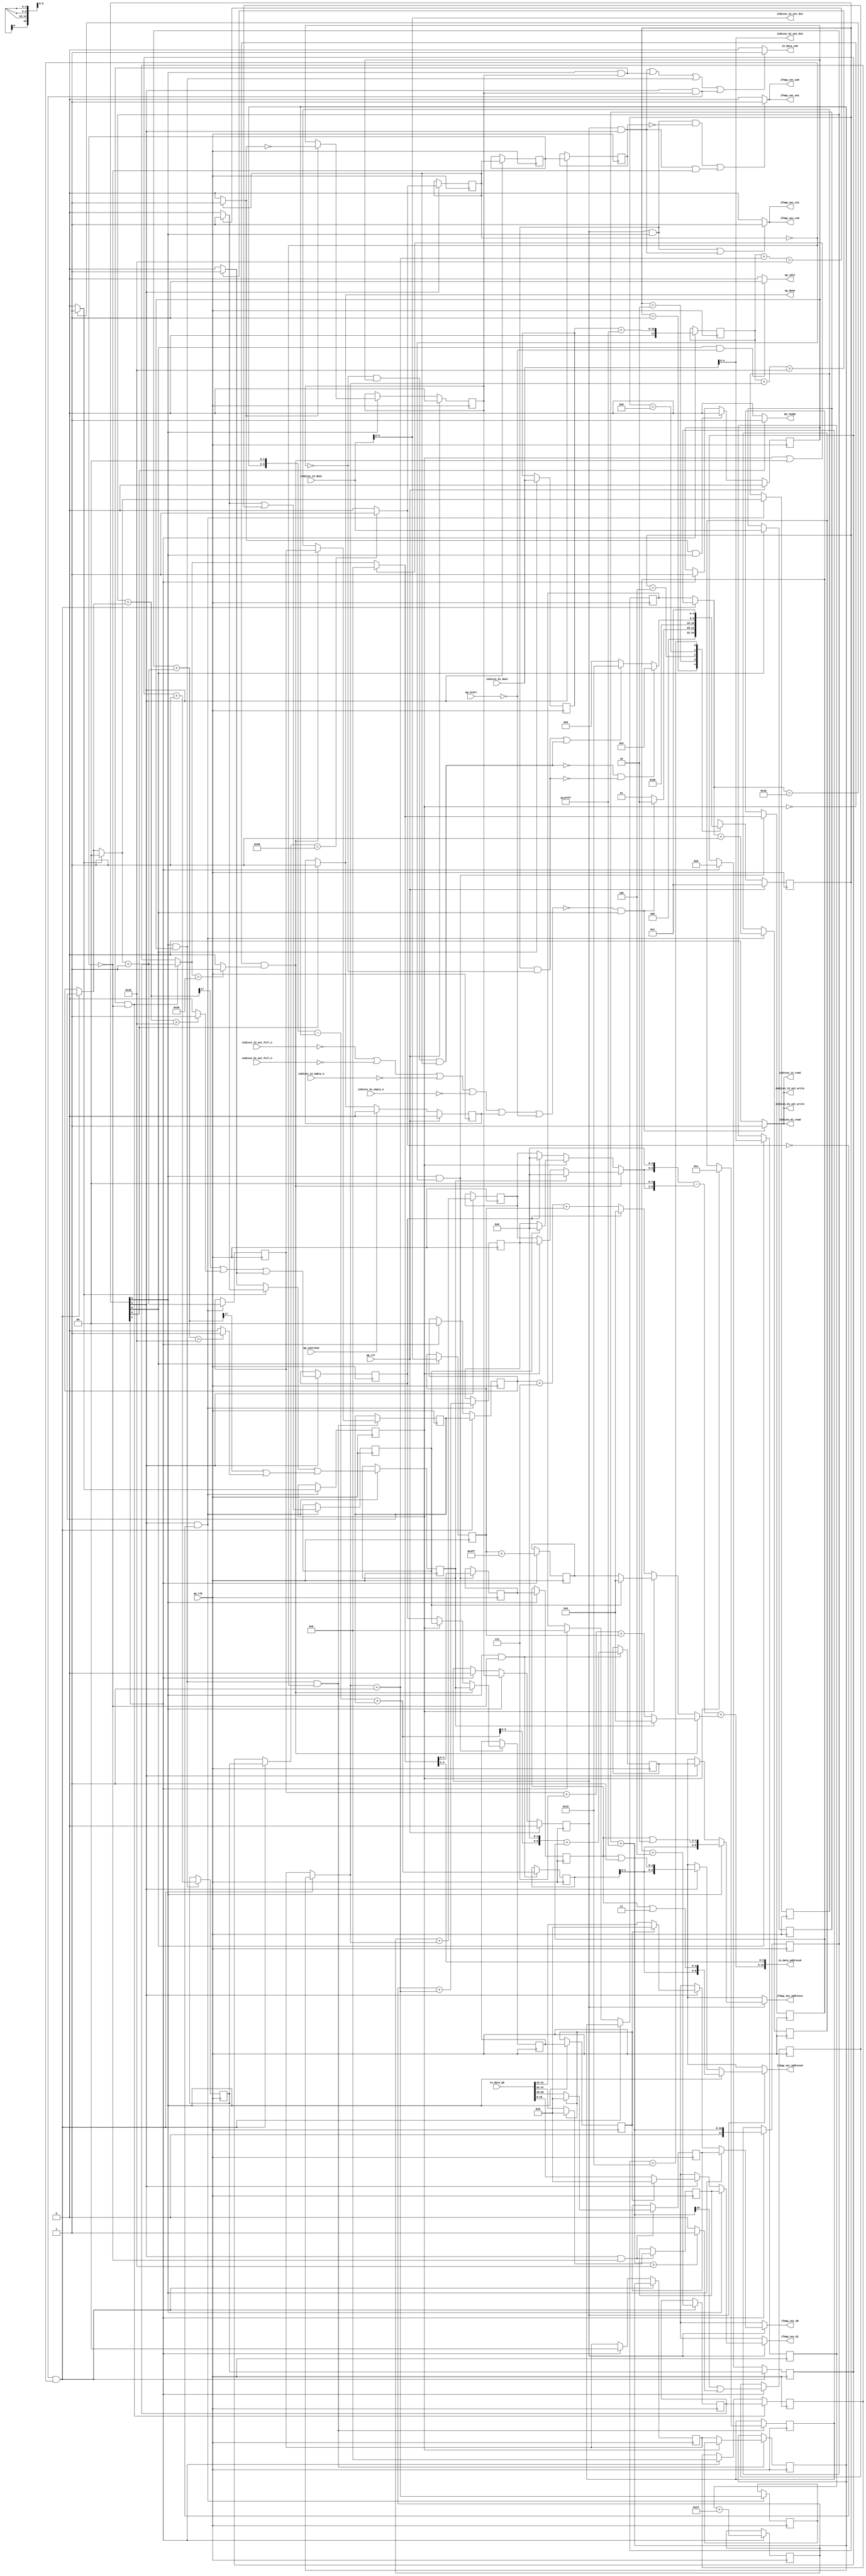
`define EXPONENT 5
`define MANTISSA 10
`define ACTUAL_MANTISSA 11
`define EXPONENT_LSB 10
`define EXPONENT_MSB 14
`define MANTISSA_LSB 0
`define MANTISSA_MSB 9
`define MANTISSA_MUL_SPLIT_LSB 3
`define MANTISSA_MUL_SPLIT_MSB 9
`define SIGN 1
`define SIGN_LOC 15
`define DWIDTH (`SIGN+`EXPONENT+`MANTISSA)
`define IEEE_COMPLIANCE 1

module td_fused_top_tdf7_readInputs53 (
        ap_clk,
        ap_rst,
        ap_start,
        ap_done,
        ap_continue,
        ap_idle,
        ap_ready,
        in_data_address0,
        in_data_ce0,
        in_data_q0,
        indices_01_dout,
        indices_01_empty_n,
        indices_01_read,
        indices_12_dout,
        indices_12_empty_n,
        indices_12_read,
        ifmap_vec_address0,
        ifmap_vec_ce0,
        ifmap_vec_we0,
        ifmap_vec_d0,
        ifmap_vec_address1,
        ifmap_vec_ce1,
        ifmap_vec_we1,
        ifmap_vec_d1,
        indices_01_out_din,
        indices_01_out_full_n,
        indices_01_out_write,
        indices_12_out_din,
        indices_12_out_full_n,
        indices_12_out_write
);

parameter    ap_ST_fsm_state1 = 5'd1;
parameter    ap_ST_fsm_state2 = 5'd2;
parameter    ap_ST_fsm_pp0_stage0 = 5'd4;
parameter    ap_ST_fsm_pp0_stage1 = 5'd8;
parameter    ap_ST_fsm_state9 = 5'd16;

input   ap_clk;
input   ap_rst;
input   ap_start;
output   ap_done;
input   ap_continue;
output   ap_idle;
output   ap_ready;
output  [12:0] in_data_address0;
output   in_data_ce0;
input  [63:0] in_data_q0;
input  [15:0] indices_01_dout;
input   indices_01_empty_n;
output   indices_01_read;
input  [15:0] indices_12_dout;
input   indices_12_empty_n;
output   indices_12_read;
output  [8:0] ifmap_vec_address0;
output   ifmap_vec_ce0;
output   ifmap_vec_we0;
output  [15:0] ifmap_vec_d0;
output  [8:0] ifmap_vec_address1;
output   ifmap_vec_ce1;
output   ifmap_vec_we1;
output  [15:0] ifmap_vec_d1;
output  [4:0] indices_01_out_din;
input   indices_01_out_full_n;
output   indices_01_out_write;
output  [9:0] indices_12_out_din;
input   indices_12_out_full_n;
output   indices_12_out_write;

reg ap_done;
reg ap_idle;
reg ap_ready;
reg in_data_ce0;
reg indices_01_read;
reg indices_12_read;
reg[8:0] ifmap_vec_address0;
reg ifmap_vec_ce0;
reg ifmap_vec_we0;
reg[15:0] ifmap_vec_d0;
reg[8:0] ifmap_vec_address1;
reg ifmap_vec_ce1;
reg ifmap_vec_we1;
reg[15:0] ifmap_vec_d1;
reg indices_01_out_write;
reg indices_12_out_write;

reg    ap_done_reg;
  reg   [4:0] ap_CS_fsm;
wire    ap_CS_fsm_state1;
reg    indices_01_blk_n;
reg    indices_12_blk_n;
reg    indices_01_out_blk_n;
reg    indices_12_out_blk_n;
reg   [6:0] indvar_flatten47_reg_222;
reg   [1:0] ii_reg_234;
reg   [5:0] indvar_flatten_reg_246;
reg   [1:0] jj_reg_257;
reg   [5:0] kk_0_i_i_reg_269;
reg   [15:0] indices_01_read_reg_957;
wire   [4:0] trunc_ln250_fu_280_p1;
reg   [4:0] trunc_ln250_reg_962;
reg   [15:0] indices_12_read_reg_967;
wire   [9:0] empty_fu_285_p1;
reg   [9:0] empty_reg_972;
wire   [17:0] p_cast_i_i_fu_302_p1;
reg   [17:0] p_cast_i_i_reg_979;
wire    ap_CS_fsm_state2;
wire   [17:0] sext_ln22_fu_312_p1;
reg   [17:0] sext_ln22_reg_985;
wire   [4:0] p_cast_fu_316_p2;
reg   [4:0] p_cast_reg_991;
wire   [0:0] or_ln23_6_fu_335_p2;
reg   [0:0] or_ln23_6_reg_997;
wire   [9:0] p_mid137_fu_341_p2;
reg   [9:0] p_mid137_reg_1002;
wire   [4:0] p_cast5_i_i_fu_359_p2;
reg   [4:0] p_cast5_i_i_reg_1007;
wire    ap_CS_fsm_pp0_stage0;
wire    ap_block_state3_pp0_stage0_iter0;
wire    ap_block_state5_pp0_stage0_iter1;
wire    ap_block_state7_pp0_stage0_iter2;
wire    ap_block_pp0_stage0_11001;
wire   [0:0] is_padding_fu_399_p2;
reg   [0:0] is_padding_reg_1013;
wire   [0:0] icmp_ln19_fu_405_p2;
reg   [0:0] icmp_ln19_reg_1020;
reg   [0:0] icmp_ln19_reg_1020_pp0_iter1_reg;
reg   [0:0] icmp_ln19_reg_1020_pp0_iter2_reg;
wire   [1:0] add_ln19_fu_411_p2;
reg   [1:0] add_ln19_reg_1024;
wire   [0:0] icmp_ln20_fu_417_p2;
reg   [0:0] icmp_ln20_reg_1029;
wire   [1:0] select_ln19_fu_423_p3;
reg   [1:0] select_ln19_reg_1041;
wire   [4:0] p_cast5_i_i_mid1_fu_444_p2;
reg   [4:0] p_cast5_i_i_mid1_reg_1046;
wire   [0:0] or_ln23_8_fu_463_p2;
reg   [0:0] or_ln23_8_reg_1052;
wire   [1:0] add_ln20_fu_468_p2;
reg   [1:0] add_ln20_reg_1059;
wire   [0:0] or_ln23_10_fu_503_p2;
reg   [0:0] or_ln23_10_reg_1065;
wire   [5:0] add_ln20_2_fu_509_p2;
reg   [5:0] add_ln20_2_reg_1072;
wire   [6:0] add_ln19_2_fu_515_p2;
reg   [6:0] add_ln19_2_reg_1077;
wire    ap_CS_fsm_pp0_stage1;
reg    ap_enable_reg_pp0_iter0;
wire    ap_block_state4_pp0_stage1_iter0;
wire    ap_block_state6_pp0_stage1_iter1;
wire    ap_block_state8_pp0_stage1_iter2;
wire    ap_block_pp0_stage1_11001;
wire   [1:0] select_ln19_7_fu_553_p3;
reg   [1:0] select_ln19_7_reg_1082;
wire   [5:0] select_ln20_fu_617_p3;
reg   [5:0] select_ln20_reg_1089;
wire   [1:0] select_ln20_6_fu_625_p3;
reg   [1:0] select_ln20_6_reg_1095;
wire   [0:0] select_ln20_7_fu_634_p3;
reg   [0:0] select_ln20_7_reg_1101;
reg   [0:0] select_ln20_7_reg_1101_pp0_iter1_reg;
wire   [4:0] empty_73_fu_730_p1;
reg   [4:0] empty_73_reg_1109;
reg   [4:0] empty_73_reg_1109_pp0_iter1_reg;
wire   [5:0] select_ln20_10_fu_757_p3;
reg   [5:0] select_ln20_10_reg_1121;
wire   [5:0] add_ln25_fu_763_p2;
reg   [5:0] add_ln25_reg_1126;
reg    ap_enable_reg_pp0_iter1;
wire   [5:0] add_ln33_fu_795_p2;
reg   [5:0] add_ln33_reg_1131;
wire   [8:0] add_ln33_2_fu_816_p2;
reg   [8:0] add_ln33_2_reg_1138;
wire   [15:0] select_ln33_8_fu_895_p3;
reg   [15:0] select_ln33_8_reg_1143;
wire   [15:0] select_ln33_9_fu_916_p3;
reg   [15:0] select_ln33_9_reg_1148;
wire    ap_block_pp0_stage1_subdone;
reg    ap_condition_pp0_exit_iter0_state4;
reg    ap_enable_reg_pp0_iter2;
reg   [6:0] ap_phi_mux_indvar_flatten47_phi_fu_226_p4;
wire    ap_block_pp0_stage0;
reg   [1:0] ap_phi_mux_ii_phi_fu_238_p4;
reg   [5:0] ap_phi_mux_indvar_flatten_phi_fu_250_p4;
reg   [1:0] ap_phi_mux_jj_phi_fu_261_p4;
reg   [5:0] ap_phi_mux_kk_0_i_i_phi_fu_273_p4;
wire    ap_block_pp0_stage1;
wire   [63:0] sext_ln32_fu_752_p1;
wire   [63:0] zext_ln33_9_fu_822_p1;
wire   [63:0] sext_ln33_fu_854_p1;
wire   [63:0] sext_ln33_3_fu_935_p1;
wire   [63:0] sext_ln33_4_fu_952_p1;
reg    ap_block_state1;
wire   [15:0] select_ln33_fu_834_p3;
wire   [15:0] select_ln33_7_fu_873_p3;
wire   [16:0] zext_ln19_fu_293_p1;
wire   [16:0] empty_68_fu_296_p2;
wire   [16:0] j_cast_i_i_fu_290_p1;
wire   [16:0] add_ln22_fu_306_p2;
wire   [0:0] tmp_9_fu_321_p3;
wire   [0:0] icmp_ln24_fu_329_p2;
wire   [17:0] ii_cast_i_i_fu_346_p1;
wire   [4:0] ii_cast_fu_350_p1;
wire   [17:0] empty_69_fu_354_p2;
wire   [17:0] zext_ln20_fu_370_p1;
wire   [17:0] add_ln22_2_fu_374_p2;
wire   [0:0] tmp_10_fu_379_p3;
wire   [0:0] icmp_ln24_2_fu_387_p2;
wire   [0:0] or_ln23_fu_393_p2;
wire   [0:0] empty_70_fu_364_p2;
wire   [17:0] ii_cast_i_i_mid1_fu_431_p1;
wire   [4:0] ii_cast_mid1_fu_435_p1;
wire   [17:0] p_mid111_fu_439_p2;
wire   [0:0] p_mid113_fu_449_p2;
wire   [17:0] zext_ln20_2_fu_474_p1;
wire   [17:0] add_ln22_3_fu_478_p2;
wire   [0:0] tmp_11_fu_483_p3;
wire   [0:0] icmp_ln24_3_fu_491_p2;
wire   [0:0] or_ln23_9_fu_497_p2;
wire   [0:0] select_ln19_9_fu_455_p3;
wire   [2:0] zext_ln22_fu_521_p1;
wire   [2:0] tmp1_fu_531_p2;
wire   [9:0] tmp1_cast_fu_537_p1;
wire   [9:0] empty_71_fu_541_p2;
wire   [4:0] row_coord_int_mid131_fu_569_p3;
wire   [4:0] row_coord_int_fu_525_p3;
wire   [9:0] col_coord_int_mid139_fu_575_p3;
wire   [9:0] col_coord_int_fu_546_p3;
wire   [0:0] icmp_ln25_fu_600_p2;
wire   [0:0] xor_ln19_fu_595_p2;
wire   [0:0] and_ln19_fu_606_p2;
wire   [0:0] or_ln20_fu_612_p2;
wire   [0:0] select_ln19_10_fu_564_p3;
wire   [4:0] select_ln19_8_fu_559_p3;
wire   [2:0] zext_ln22_2_fu_631_p1;
wire   [2:0] tmp1_mid1_fu_648_p2;
wire   [9:0] tmp1_cast_mid1_fu_654_p1;
wire   [9:0] p_mid1_fu_658_p2;
wire   [4:0] row_coord_int_mid1_fu_641_p3;
wire   [4:0] select_ln19_11_fu_581_p3;
wire   [4:0] select_ln20_8_fu_670_p3;
wire   [9:0] tmp_s_fu_678_p3;
wire   [6:0] tmp_3_fu_690_p3;
wire   [10:0] zext_ln32_fu_686_p1;
wire   [10:0] zext_ln32_9_fu_698_p1;
wire   [10:0] sub_ln32_fu_702_p2;
wire   [9:0] col_coord_int_mid1_fu_663_p3;
wire   [9:0] select_ln19_12_fu_588_p3;
wire   [9:0] select_ln20_9_fu_712_p3;
wire   [11:0] sext_ln20_fu_708_p1;
wire   [11:0] zext_ln32_10_fu_720_p1;
wire   [11:0] add_ln32_fu_724_p2;
wire   [2:0] lshr_ln_fu_734_p4;
wire   [14:0] tmp_12_fu_744_p3;
wire   [3:0] tmp_fu_771_p3;
wire   [4:0] zext_ln33_6_fu_778_p1;
wire   [4:0] zext_ln33_fu_768_p1;
wire   [4:0] sub_ln33_fu_782_p2;
wire   [5:0] sub_ln33_cast_fu_788_p1;
wire   [5:0] zext_ln33_7_fu_792_p1;
wire   [3:0] trunc_ln33_fu_801_p1;
wire   [8:0] tmp_30_cast_fu_805_p3;
wire   [8:0] zext_ln33_8_fu_813_p1;
wire   [15:0] trunc_ln32_fu_826_p1;
wire   [15:0] bitcast_ln32_fu_830_p1;
wire   [4:0] or_ln25_fu_842_p2;
wire   [10:0] tmp_13_fu_847_p3;
wire   [15:0] tmp_17_i_i_fu_859_p4;
wire   [15:0] bitcast_ln32_7_fu_869_p1;
wire   [15:0] tmp_18_i_i_fu_881_p4;
wire   [15:0] bitcast_ln32_8_fu_891_p1;
wire   [15:0] tmp_19_i_i_fu_902_p4;
wire   [15:0] bitcast_ln32_9_fu_912_p1;
wire   [4:0] or_ln25_5_fu_923_p2;
wire   [10:0] tmp_14_fu_928_p3;
wire   [4:0] or_ln25_6_fu_940_p2;
wire   [10:0] tmp_15_fu_945_p3;
wire    ap_CS_fsm_state9;
reg   [4:0] ap_NS_fsm;
wire    ap_block_pp0_stage0_subdone;
reg    ap_idle_pp0;
wire    ap_enable_pp0;
wire    ap_ce_reg;

// power-on initialization
initial begin
#0 ap_done_reg = 1'b0;
#0 ap_CS_fsm = 5'd1;
#0 ap_enable_reg_pp0_iter0 = 1'b0;
#0 ap_enable_reg_pp0_iter1 = 1'b0;
#0 ap_enable_reg_pp0_iter2 = 1'b0;
end

always @ (posedge ap_clk) begin
    if (ap_rst == 1'b1) begin
        ap_CS_fsm <= ap_ST_fsm_state1;
    end else begin
        ap_CS_fsm <= ap_NS_fsm;
    end
end

always @ (posedge ap_clk) begin
    if (ap_rst == 1'b1) begin
        ap_done_reg <= 1'b0;
    end else begin
        if ((ap_continue == 1'b1)) begin
            ap_done_reg <= 1'b0;
        end else if ((1'b1 == ap_CS_fsm_state9)) begin
            ap_done_reg <= 1'b1;
        end
    end
end

always @ (posedge ap_clk) begin
    if (ap_rst == 1'b1) begin
        ap_enable_reg_pp0_iter0 <= 1'b0;
    end else begin
        if (((1'b1 == ap_condition_pp0_exit_iter0_state4) & (1'b1 == ap_CS_fsm_pp0_stage1) & (1'b0 == ap_block_pp0_stage1_subdone))) begin
            ap_enable_reg_pp0_iter0 <= 1'b0;
        end else if ((1'b1 == ap_CS_fsm_state2)) begin
            ap_enable_reg_pp0_iter0 <= 1'b1;
        end
    end
end

always @ (posedge ap_clk) begin
    if (ap_rst == 1'b1) begin
        ap_enable_reg_pp0_iter1 <= 1'b0;
    end else begin
        if (((1'b1 == ap_CS_fsm_pp0_stage1) & (1'b0 == ap_block_pp0_stage1_subdone))) begin
            if ((1'b1 == ap_condition_pp0_exit_iter0_state4)) begin
                ap_enable_reg_pp0_iter1 <= (1'b1 ^ ap_condition_pp0_exit_iter0_state4);
            end else if ((1'b1 == 1'b1)) begin
                ap_enable_reg_pp0_iter1 <= ap_enable_reg_pp0_iter0;
            end
        end
    end
end

always @ (posedge ap_clk) begin
    if (ap_rst == 1'b1) begin
        ap_enable_reg_pp0_iter2 <= 1'b0;
    end else begin
        if (((1'b1 == ap_CS_fsm_pp0_stage1) & (1'b0 == ap_block_pp0_stage1_subdone))) begin
            ap_enable_reg_pp0_iter2 <= ap_enable_reg_pp0_iter1;
        end else if ((1'b1 == ap_CS_fsm_state2)) begin
            ap_enable_reg_pp0_iter2 <= 1'b0;
        end
    end
end

always @ (posedge ap_clk) begin
    if (((1'b1 == ap_CS_fsm_pp0_stage0) & (ap_enable_reg_pp0_iter1 == 1'b1) & (icmp_ln19_reg_1020 == 1'd0) & (1'b0 == ap_block_pp0_stage0_11001))) begin
        ii_reg_234 <= select_ln19_7_reg_1082;
    end else if ((1'b1 == ap_CS_fsm_state2)) begin
        ii_reg_234 <= 2'd0;
    end
end

always @ (posedge ap_clk) begin
    if (((1'b1 == ap_CS_fsm_pp0_stage0) & (ap_enable_reg_pp0_iter1 == 1'b1) & (icmp_ln19_reg_1020 == 1'd0) & (1'b0 == ap_block_pp0_stage0_11001))) begin
        indvar_flatten47_reg_222 <= add_ln19_2_reg_1077;
    end else if ((1'b1 == ap_CS_fsm_state2)) begin
        indvar_flatten47_reg_222 <= 7'd0;
    end
end

always @ (posedge ap_clk) begin
    if (((1'b1 == ap_CS_fsm_pp0_stage0) & (ap_enable_reg_pp0_iter1 == 1'b1) & (icmp_ln19_reg_1020 == 1'd0) & (1'b0 == ap_block_pp0_stage0_11001))) begin
        indvar_flatten_reg_246 <= select_ln20_10_reg_1121;
    end else if ((1'b1 == ap_CS_fsm_state2)) begin
        indvar_flatten_reg_246 <= 6'd0;
    end
end

always @ (posedge ap_clk) begin
    if (((1'b1 == ap_CS_fsm_pp0_stage0) & (ap_enable_reg_pp0_iter1 == 1'b1) & (icmp_ln19_reg_1020 == 1'd0) & (1'b0 == ap_block_pp0_stage0_11001))) begin
        jj_reg_257 <= select_ln20_6_reg_1095;
    end else if ((1'b1 == ap_CS_fsm_state2)) begin
        jj_reg_257 <= 2'd0;
    end
end

always @ (posedge ap_clk) begin
    if (((1'b1 == ap_CS_fsm_pp0_stage1) & (ap_enable_reg_pp0_iter1 == 1'b1) & (icmp_ln19_reg_1020_pp0_iter1_reg == 1'd0) & (1'b0 == ap_block_pp0_stage1_11001))) begin
        kk_0_i_i_reg_269 <= add_ln25_reg_1126;
    end else if ((1'b1 == ap_CS_fsm_state2)) begin
        kk_0_i_i_reg_269 <= 6'd0;
    end
end

always @ (posedge ap_clk) begin
    if (((1'b1 == ap_CS_fsm_pp0_stage1) & (ap_enable_reg_pp0_iter0 == 1'b1) & (1'b0 == ap_block_pp0_stage1_11001))) begin
        add_ln19_2_reg_1077 <= add_ln19_2_fu_515_p2;
    end
end

always @ (posedge ap_clk) begin
    if (((1'b1 == ap_CS_fsm_pp0_stage0) & (icmp_ln19_fu_405_p2 == 1'd0) & (1'b0 == ap_block_pp0_stage0_11001))) begin
        add_ln19_reg_1024 <= add_ln19_fu_411_p2;
        add_ln20_2_reg_1072 <= add_ln20_2_fu_509_p2;
        add_ln20_reg_1059 <= add_ln20_fu_468_p2;
        icmp_ln20_reg_1029 <= icmp_ln20_fu_417_p2;
        or_ln23_10_reg_1065 <= or_ln23_10_fu_503_p2;
        or_ln23_8_reg_1052 <= or_ln23_8_fu_463_p2;
        p_cast5_i_i_mid1_reg_1046 <= p_cast5_i_i_mid1_fu_444_p2;
        select_ln19_reg_1041 <= select_ln19_fu_423_p3;
    end
end

always @ (posedge ap_clk) begin
    if (((1'b1 == ap_CS_fsm_pp0_stage0) & (ap_enable_reg_pp0_iter1 == 1'b1) & (icmp_ln19_reg_1020 == 1'd0) & (1'b0 == ap_block_pp0_stage0_11001))) begin
        add_ln25_reg_1126 <= add_ln25_fu_763_p2;
    end
end

always @ (posedge ap_clk) begin
    if (((1'b1 == ap_CS_fsm_pp0_stage1) & (icmp_ln19_reg_1020_pp0_iter1_reg == 1'd0) & (1'b0 == ap_block_pp0_stage1_11001))) begin
        add_ln33_2_reg_1138 <= add_ln33_2_fu_816_p2;
        add_ln33_reg_1131 <= add_ln33_fu_795_p2;
    end
end

always @ (posedge ap_clk) begin
    if (((1'b1 == ap_CS_fsm_pp0_stage1) & (icmp_ln19_reg_1020 == 1'd0) & (1'b0 == ap_block_pp0_stage1_11001))) begin
        empty_73_reg_1109 <= empty_73_fu_730_p1;
        select_ln20_7_reg_1101 <= select_ln20_7_fu_634_p3;
        select_ln20_reg_1089 <= select_ln20_fu_617_p3;
    end
end

always @ (posedge ap_clk) begin
    if (((1'b1 == ap_CS_fsm_pp0_stage1) & (1'b0 == ap_block_pp0_stage1_11001))) begin
        empty_73_reg_1109_pp0_iter1_reg <= empty_73_reg_1109;
        select_ln20_7_reg_1101_pp0_iter1_reg <= select_ln20_7_reg_1101;
    end
end

always @ (posedge ap_clk) begin
    if ((1'b1 == ap_CS_fsm_state1)) begin
        empty_reg_972 <= empty_fu_285_p1;
        indices_01_read_reg_957 <= indices_01_dout;
        indices_12_read_reg_967 <= indices_12_dout;
        trunc_ln250_reg_962 <= trunc_ln250_fu_280_p1;
    end
end

always @ (posedge ap_clk) begin
    if (((1'b1 == ap_CS_fsm_pp0_stage0) & (1'b0 == ap_block_pp0_stage0_11001))) begin
        icmp_ln19_reg_1020 <= icmp_ln19_fu_405_p2;
        icmp_ln19_reg_1020_pp0_iter1_reg <= icmp_ln19_reg_1020;
        icmp_ln19_reg_1020_pp0_iter2_reg <= icmp_ln19_reg_1020_pp0_iter1_reg;
        is_padding_reg_1013 <= is_padding_fu_399_p2;
        p_cast5_i_i_reg_1007 <= p_cast5_i_i_fu_359_p2;
    end
end

always @ (posedge ap_clk) begin
    if ((1'b1 == ap_CS_fsm_state2)) begin
        or_ln23_6_reg_997 <= or_ln23_6_fu_335_p2;
        p_cast_i_i_reg_979 <= p_cast_i_i_fu_302_p1;
        p_cast_reg_991 <= p_cast_fu_316_p2;
        p_mid137_reg_1002 <= p_mid137_fu_341_p2;
        sext_ln22_reg_985 <= sext_ln22_fu_312_p1;
    end
end

always @ (posedge ap_clk) begin
    if (((1'b1 == ap_CS_fsm_pp0_stage1) & (ap_enable_reg_pp0_iter0 == 1'b1) & (icmp_ln19_reg_1020 == 1'd0) & (1'b0 == ap_block_pp0_stage1_11001))) begin
        select_ln19_7_reg_1082 <= select_ln19_7_fu_553_p3;
        select_ln20_10_reg_1121 <= select_ln20_10_fu_757_p3;
        select_ln20_6_reg_1095 <= select_ln20_6_fu_625_p3;
    end
end

always @ (posedge ap_clk) begin
    if (((1'b1 == ap_CS_fsm_pp0_stage0) & (icmp_ln19_reg_1020_pp0_iter1_reg == 1'd0) & (1'b0 == ap_block_pp0_stage0_11001))) begin
        select_ln33_8_reg_1143 <= select_ln33_8_fu_895_p3;
        select_ln33_9_reg_1148 <= select_ln33_9_fu_916_p3;
    end
end

always @ (*) begin
    if ((icmp_ln19_reg_1020 == 1'd1)) begin
        ap_condition_pp0_exit_iter0_state4 = 1'b1;
    end else begin
        ap_condition_pp0_exit_iter0_state4 = 1'b0;
    end
end

always @ (*) begin
    if ((1'b1 == ap_CS_fsm_state9)) begin
        ap_done = 1'b1;
    end else begin
        ap_done = ap_done_reg;
    end
end

always @ (*) begin
    if (((1'b1 == ap_CS_fsm_state1) & (ap_start == 1'b0))) begin
        ap_idle = 1'b1;
    end else begin
        ap_idle = 1'b0;
    end
end

always @ (*) begin
    if (((ap_enable_reg_pp0_iter2 == 1'b0) & (ap_enable_reg_pp0_iter1 == 1'b0) & (ap_enable_reg_pp0_iter0 == 1'b0))) begin
        ap_idle_pp0 = 1'b1;
    end else begin
        ap_idle_pp0 = 1'b0;
    end
end

always @ (*) begin
    if (((1'b1 == ap_CS_fsm_pp0_stage0) & (ap_enable_reg_pp0_iter1 == 1'b1) & (icmp_ln19_reg_1020 == 1'd0) & (1'b0 == ap_block_pp0_stage0))) begin
        ap_phi_mux_ii_phi_fu_238_p4 = select_ln19_7_reg_1082;
    end else begin
        ap_phi_mux_ii_phi_fu_238_p4 = ii_reg_234;
    end
end

always @ (*) begin
    if (((1'b1 == ap_CS_fsm_pp0_stage0) & (ap_enable_reg_pp0_iter1 == 1'b1) & (icmp_ln19_reg_1020 == 1'd0) & (1'b0 == ap_block_pp0_stage0))) begin
        ap_phi_mux_indvar_flatten47_phi_fu_226_p4 = add_ln19_2_reg_1077;
    end else begin
        ap_phi_mux_indvar_flatten47_phi_fu_226_p4 = indvar_flatten47_reg_222;
    end
end

always @ (*) begin
    if (((1'b1 == ap_CS_fsm_pp0_stage0) & (ap_enable_reg_pp0_iter1 == 1'b1) & (icmp_ln19_reg_1020 == 1'd0) & (1'b0 == ap_block_pp0_stage0))) begin
        ap_phi_mux_indvar_flatten_phi_fu_250_p4 = select_ln20_10_reg_1121;
    end else begin
        ap_phi_mux_indvar_flatten_phi_fu_250_p4 = indvar_flatten_reg_246;
    end
end

always @ (*) begin
    if (((1'b1 == ap_CS_fsm_pp0_stage0) & (ap_enable_reg_pp0_iter1 == 1'b1) & (icmp_ln19_reg_1020 == 1'd0) & (1'b0 == ap_block_pp0_stage0))) begin
        ap_phi_mux_jj_phi_fu_261_p4 = select_ln20_6_reg_1095;
    end else begin
        ap_phi_mux_jj_phi_fu_261_p4 = jj_reg_257;
    end
end

always @ (*) begin
    if (((1'b1 == ap_CS_fsm_pp0_stage1) & (ap_enable_reg_pp0_iter1 == 1'b1) & (icmp_ln19_reg_1020_pp0_iter1_reg == 1'd0) & (1'b0 == ap_block_pp0_stage1))) begin
        ap_phi_mux_kk_0_i_i_phi_fu_273_p4 = add_ln25_reg_1126;
    end else begin
        ap_phi_mux_kk_0_i_i_phi_fu_273_p4 = kk_0_i_i_reg_269;
    end
end

always @ (*) begin
    if ((1'b1 == ap_CS_fsm_state9)) begin
        ap_ready = 1'b1;
    end else begin
        ap_ready = 1'b0;
    end
end

always @ (*) begin
    if ((ap_enable_reg_pp0_iter2 == 1'b1)) begin
        if (((1'b1 == ap_CS_fsm_pp0_stage1) & (1'b0 == ap_block_pp0_stage1))) begin
            ifmap_vec_address0 = sext_ln33_4_fu_952_p1;
        end else if (((1'b1 == ap_CS_fsm_pp0_stage0) & (1'b0 == ap_block_pp0_stage0))) begin
            ifmap_vec_address0 = sext_ln33_fu_854_p1;
        end else begin
            ifmap_vec_address0 = 'bx;
        end
    end else begin
        ifmap_vec_address0 = 'bx;
    end
end

always @ (*) begin
    if ((ap_enable_reg_pp0_iter2 == 1'b1)) begin
        if (((1'b1 == ap_CS_fsm_pp0_stage1) & (1'b0 == ap_block_pp0_stage1))) begin
            ifmap_vec_address1 = sext_ln33_3_fu_935_p1;
        end else if (((1'b1 == ap_CS_fsm_pp0_stage0) & (1'b0 == ap_block_pp0_stage0))) begin
            ifmap_vec_address1 = zext_ln33_9_fu_822_p1;
        end else begin
            ifmap_vec_address1 = 'bx;
        end
    end else begin
        ifmap_vec_address1 = 'bx;
    end
end

always @ (*) begin
    if ((((ap_enable_reg_pp0_iter2 == 1'b1) & (1'b1 == ap_CS_fsm_pp0_stage1) & (1'b0 == ap_block_pp0_stage1_11001)) | ((ap_enable_reg_pp0_iter2 == 1'b1) & (1'b1 == ap_CS_fsm_pp0_stage0) & (1'b0 == ap_block_pp0_stage0_11001)))) begin
        ifmap_vec_ce0 = 1'b1;
    end else begin
        ifmap_vec_ce0 = 1'b0;
    end
end

always @ (*) begin
    if ((((ap_enable_reg_pp0_iter2 == 1'b1) & (1'b1 == ap_CS_fsm_pp0_stage1) & (1'b0 == ap_block_pp0_stage1_11001)) | ((ap_enable_reg_pp0_iter2 == 1'b1) & (1'b1 == ap_CS_fsm_pp0_stage0) & (1'b0 == ap_block_pp0_stage0_11001)))) begin
        ifmap_vec_ce1 = 1'b1;
    end else begin
        ifmap_vec_ce1 = 1'b0;
    end
end

always @ (*) begin
    if ((ap_enable_reg_pp0_iter2 == 1'b1)) begin
        if (((1'b1 == ap_CS_fsm_pp0_stage1) & (1'b0 == ap_block_pp0_stage1))) begin
            ifmap_vec_d0 = select_ln33_9_reg_1148;
        end else if (((1'b1 == ap_CS_fsm_pp0_stage0) & (1'b0 == ap_block_pp0_stage0))) begin
            ifmap_vec_d0 = select_ln33_7_fu_873_p3;
        end else begin
            ifmap_vec_d0 = 'bx;
        end
    end else begin
        ifmap_vec_d0 = 'bx;
    end
end

always @ (*) begin
    if ((ap_enable_reg_pp0_iter2 == 1'b1)) begin
        if (((1'b1 == ap_CS_fsm_pp0_stage1) & (1'b0 == ap_block_pp0_stage1))) begin
            ifmap_vec_d1 = select_ln33_8_reg_1143;
        end else if (((1'b1 == ap_CS_fsm_pp0_stage0) & (1'b0 == ap_block_pp0_stage0))) begin
            ifmap_vec_d1 = select_ln33_fu_834_p3;
        end else begin
            ifmap_vec_d1 = 'bx;
        end
    end else begin
        ifmap_vec_d1 = 'bx;
    end
end

always @ (*) begin
    if ((((ap_enable_reg_pp0_iter2 == 1'b1) & (1'b1 == ap_CS_fsm_pp0_stage1) & (icmp_ln19_reg_1020_pp0_iter2_reg == 1'd0) & (1'b0 == ap_block_pp0_stage1_11001)) | ((ap_enable_reg_pp0_iter2 == 1'b1) & (1'b1 == ap_CS_fsm_pp0_stage0) & (icmp_ln19_reg_1020_pp0_iter1_reg == 1'd0) & (1'b0 == ap_block_pp0_stage0_11001)))) begin
        ifmap_vec_we0 = 1'b1;
    end else begin
        ifmap_vec_we0 = 1'b0;
    end
end

always @ (*) begin
    if ((((ap_enable_reg_pp0_iter2 == 1'b1) & (1'b1 == ap_CS_fsm_pp0_stage1) & (icmp_ln19_reg_1020_pp0_iter2_reg == 1'd0) & (1'b0 == ap_block_pp0_stage1_11001)) | ((ap_enable_reg_pp0_iter2 == 1'b1) & (1'b1 == ap_CS_fsm_pp0_stage0) & (icmp_ln19_reg_1020_pp0_iter1_reg == 1'd0) & (1'b0 == ap_block_pp0_stage0_11001)))) begin
        ifmap_vec_we1 = 1'b1;
    end else begin
        ifmap_vec_we1 = 1'b0;
    end
end

always @ (*) begin
    if ((((ap_enable_reg_pp0_iter2 == 1'b1) & (1'b1 == ap_CS_fsm_pp0_stage0) & (1'b0 == ap_block_pp0_stage0_11001)) | ((1'b1 == ap_CS_fsm_pp0_stage1) & (ap_enable_reg_pp0_iter1 == 1'b1) & (1'b0 == ap_block_pp0_stage1_11001)) | ((1'b1 == ap_CS_fsm_pp0_stage1) & (ap_enable_reg_pp0_iter0 == 1'b1) & (1'b0 == ap_block_pp0_stage1_11001)) | ((1'b1 == ap_CS_fsm_pp0_stage0) & (ap_enable_reg_pp0_iter1 == 1'b1) & (1'b0 == ap_block_pp0_stage0_11001)))) begin
        in_data_ce0 = 1'b1;
    end else begin
        in_data_ce0 = 1'b0;
    end
end

always @ (*) begin
    if ((~((ap_done_reg == 1'b1) | (ap_start == 1'b0)) & (1'b1 == ap_CS_fsm_state1))) begin
        indices_01_blk_n = indices_01_empty_n;
    end else begin
        indices_01_blk_n = 1'b1;
    end
end

always @ (*) begin
    if ((~((ap_done_reg == 1'b1) | (ap_start == 1'b0)) & (1'b1 == ap_CS_fsm_state1))) begin
        indices_01_out_blk_n = indices_01_out_full_n;
    end else begin
        indices_01_out_blk_n = 1'b1;
    end
end

always @ (*) begin
    if ((~((indices_12_out_full_n == 1'b0) | (indices_01_out_full_n == 1'b0) | (indices_12_empty_n == 1'b0) | (indices_01_empty_n == 1'b0) | (ap_done_reg == 1'b1) | (ap_start == 1'b0)) & (1'b1 == ap_CS_fsm_state1))) begin
        indices_01_out_write = 1'b1;
    end else begin
        indices_01_out_write = 1'b0;
    end
end

always @ (*) begin
    if ((~((indices_12_out_full_n == 1'b0) | (indices_01_out_full_n == 1'b0) | (indices_12_empty_n == 1'b0) | (indices_01_empty_n == 1'b0) | (ap_done_reg == 1'b1) | (ap_start == 1'b0)) & (1'b1 == ap_CS_fsm_state1))) begin
        indices_01_read = 1'b1;
    end else begin
        indices_01_read = 1'b0;
    end
end

always @ (*) begin
    if ((~((ap_done_reg == 1'b1) | (ap_start == 1'b0)) & (1'b1 == ap_CS_fsm_state1))) begin
        indices_12_blk_n = indices_12_empty_n;
    end else begin
        indices_12_blk_n = 1'b1;
    end
end

always @ (*) begin
    if ((~((ap_done_reg == 1'b1) | (ap_start == 1'b0)) & (1'b1 == ap_CS_fsm_state1))) begin
        indices_12_out_blk_n = indices_12_out_full_n;
    end else begin
        indices_12_out_blk_n = 1'b1;
    end
end

always @ (*) begin
    if ((~((indices_12_out_full_n == 1'b0) | (indices_01_out_full_n == 1'b0) | (indices_12_empty_n == 1'b0) | (indices_01_empty_n == 1'b0) | (ap_done_reg == 1'b1) | (ap_start == 1'b0)) & (1'b1 == ap_CS_fsm_state1))) begin
        indices_12_out_write = 1'b1;
    end else begin
        indices_12_out_write = 1'b0;
    end
end

always @ (*) begin
    if ((~((indices_12_out_full_n == 1'b0) | (indices_01_out_full_n == 1'b0) | (indices_12_empty_n == 1'b0) | (indices_01_empty_n == 1'b0) | (ap_done_reg == 1'b1) | (ap_start == 1'b0)) & (1'b1 == ap_CS_fsm_state1))) begin
        indices_12_read = 1'b1;
    end else begin
        indices_12_read = 1'b0;
    end
end

always @ (*) begin
    case (ap_CS_fsm)
        ap_ST_fsm_state1 : begin
            if ((~((indices_12_out_full_n == 1'b0) | (indices_01_out_full_n == 1'b0) | (indices_12_empty_n == 1'b0) | (indices_01_empty_n == 1'b0) | (ap_done_reg == 1'b1) | (ap_start == 1'b0)) & (1'b1 == ap_CS_fsm_state1))) begin
                ap_NS_fsm = ap_ST_fsm_state2;
            end else begin
                ap_NS_fsm = ap_ST_fsm_state1;
            end
        end
        ap_ST_fsm_state2 : begin
            ap_NS_fsm = ap_ST_fsm_pp0_stage0;
        end
        ap_ST_fsm_pp0_stage0 : begin
            if ((1'b0 == ap_block_pp0_stage0_subdone)) begin
                ap_NS_fsm = ap_ST_fsm_pp0_stage1;
            end else begin
                ap_NS_fsm = ap_ST_fsm_pp0_stage0;
            end
        end
        ap_ST_fsm_pp0_stage1 : begin
            if ((~((ap_enable_reg_pp0_iter1 == 1'b0) & (ap_enable_reg_pp0_iter0 == 1'b1) & (icmp_ln19_reg_1020 == 1'd1) & (1'b0 == ap_block_pp0_stage1_subdone)) & ~((ap_enable_reg_pp0_iter2 == 1'b1) & (1'b1 == ap_CS_fsm_pp0_stage1) & (ap_enable_reg_pp0_iter1 == 1'b0) & (1'b0 == ap_block_pp0_stage1_subdone)) & (1'b0 == ap_block_pp0_stage1_subdone))) begin
                ap_NS_fsm = ap_ST_fsm_pp0_stage0;
            end else if ((((ap_enable_reg_pp0_iter2 == 1'b1) & (1'b1 == ap_CS_fsm_pp0_stage1) & (ap_enable_reg_pp0_iter1 == 1'b0) & (1'b0 == ap_block_pp0_stage1_subdone)) | ((ap_enable_reg_pp0_iter1 == 1'b0) & (ap_enable_reg_pp0_iter0 == 1'b1) & (icmp_ln19_reg_1020 == 1'd1) & (1'b0 == ap_block_pp0_stage1_subdone)))) begin
                ap_NS_fsm = ap_ST_fsm_state9;
            end else begin
                ap_NS_fsm = ap_ST_fsm_pp0_stage1;
            end
        end
        ap_ST_fsm_state9 : begin
            ap_NS_fsm = ap_ST_fsm_state1;
        end
        default : begin
            ap_NS_fsm = 'bx;
        end
    endcase
end

assign add_ln19_2_fu_515_p2 = (indvar_flatten47_reg_222 + 7'd1);

assign add_ln19_fu_411_p2 = (ap_phi_mux_ii_phi_fu_238_p4 + 2'd1);

assign add_ln20_2_fu_509_p2 = (ap_phi_mux_indvar_flatten_phi_fu_250_p4 + 6'd1);

assign add_ln20_fu_468_p2 = (select_ln19_fu_423_p3 + 2'd1);

assign add_ln22_2_fu_374_p2 = ((sext_ln22_reg_985) + (zext_ln20_fu_370_p1));

assign add_ln22_3_fu_478_p2 = ((sext_ln22_reg_985) + (zext_ln20_2_fu_474_p1));

assign add_ln22_fu_306_p2 = ((j_cast_i_i_fu_290_p1) + (17'd131071));

assign add_ln25_fu_763_p2 = (select_ln20_reg_1089 + 6'd4);

assign add_ln32_fu_724_p2 = ((sext_ln20_fu_708_p1) + (zext_ln32_10_fu_720_p1));

assign add_ln33_2_fu_816_p2 = (tmp_30_cast_fu_805_p3 + zext_ln33_8_fu_813_p1);

assign add_ln33_fu_795_p2 = ((sub_ln33_cast_fu_788_p1) + (zext_ln33_7_fu_792_p1));

assign and_ln19_fu_606_p2 = (xor_ln19_fu_595_p2 & icmp_ln25_fu_600_p2);

assign ap_CS_fsm_pp0_stage0 = ap_CS_fsm[32'd2];

assign ap_CS_fsm_pp0_stage1 = ap_CS_fsm[32'd3];

assign ap_CS_fsm_state1 = ap_CS_fsm[32'd0];

assign ap_CS_fsm_state2 = ap_CS_fsm[32'd1];

assign ap_CS_fsm_state9 = ap_CS_fsm[32'd4];

assign ap_block_pp0_stage0 = ~(1'b1 == 1'b1);

assign ap_block_pp0_stage0_11001 = ~(1'b1 == 1'b1);

assign ap_block_pp0_stage0_subdone = ~(1'b1 == 1'b1);

assign ap_block_pp0_stage1 = ~(1'b1 == 1'b1);

assign ap_block_pp0_stage1_11001 = ~(1'b1 == 1'b1);

assign ap_block_pp0_stage1_subdone = ~(1'b1 == 1'b1);

always @ (*) begin
    ap_block_state1 = ((indices_12_out_full_n == 1'b0) | (indices_01_out_full_n == 1'b0) | (indices_12_empty_n == 1'b0) | (indices_01_empty_n == 1'b0) | (ap_done_reg == 1'b1) | (ap_start == 1'b0));
end

assign ap_block_state3_pp0_stage0_iter0 = ~(1'b1 == 1'b1);

assign ap_block_state4_pp0_stage1_iter0 = ~(1'b1 == 1'b1);

assign ap_block_state5_pp0_stage0_iter1 = ~(1'b1 == 1'b1);

assign ap_block_state6_pp0_stage1_iter1 = ~(1'b1 == 1'b1);

assign ap_block_state7_pp0_stage0_iter2 = ~(1'b1 == 1'b1);

assign ap_block_state8_pp0_stage1_iter2 = ~(1'b1 == 1'b1);

assign ap_enable_pp0 = (ap_idle_pp0 ^ 1'b1);

assign bitcast_ln32_7_fu_869_p1 = tmp_17_i_i_fu_859_p4;

assign bitcast_ln32_8_fu_891_p1 = tmp_18_i_i_fu_881_p4;

assign bitcast_ln32_9_fu_912_p1 = tmp_19_i_i_fu_902_p4;

assign bitcast_ln32_fu_830_p1 = trunc_ln32_fu_826_p1;

assign col_coord_int_fu_546_p3 = ((is_padding_reg_1013[0:0] == 1'b1) ? 10'd0 : empty_71_fu_541_p2);

assign col_coord_int_mid139_fu_575_p3 = ((or_ln23_8_reg_1052[0:0] == 1'b1) ? 10'd0 : p_mid137_reg_1002);

assign col_coord_int_mid1_fu_663_p3 = ((or_ln23_10_reg_1065[0:0] == 1'b1) ? 10'd0 : p_mid1_fu_658_p2);

assign empty_68_fu_296_p2 = ((zext_ln19_fu_293_p1) + (17'd131071));

assign empty_69_fu_354_p2 = ((p_cast_i_i_reg_979) + (ii_cast_i_i_fu_346_p1));

assign empty_70_fu_364_p2 = ((empty_69_fu_354_p2 > 18'd27) ? 1'b1 : 1'b0);

assign empty_71_fu_541_p2 = ((tmp1_cast_fu_537_p1) + (empty_reg_972));

assign empty_73_fu_730_p1 = select_ln20_fu_617_p3[4:0];

assign empty_fu_285_p1 = indices_12_dout[9:0];

assign icmp_ln19_fu_405_p2 = ((ap_phi_mux_indvar_flatten47_phi_fu_226_p4 == 7'd72) ? 1'b1 : 1'b0);

assign icmp_ln20_fu_417_p2 = ((ap_phi_mux_indvar_flatten_phi_fu_250_p4 == 6'd24) ? 1'b1 : 1'b0);

assign icmp_ln24_2_fu_387_p2 = (((add_ln22_2_fu_374_p2) > (18'd27)) ? 1'b1 : 1'b0);

assign icmp_ln24_3_fu_491_p2 = (((add_ln22_3_fu_478_p2) > (18'd27)) ? 1'b1 : 1'b0);

assign icmp_ln24_fu_329_p2 = (((add_ln22_fu_306_p2) > (17'd27)) ? 1'b1 : 1'b0);

assign icmp_ln25_fu_600_p2 = ((ap_phi_mux_kk_0_i_i_phi_fu_273_p4 == 6'd32) ? 1'b1 : 1'b0);

assign ii_cast_fu_350_p1 = ap_phi_mux_ii_phi_fu_238_p4;

assign ii_cast_i_i_fu_346_p1 = ap_phi_mux_ii_phi_fu_238_p4;

assign ii_cast_i_i_mid1_fu_431_p1 = add_ln19_fu_411_p2;

assign ii_cast_mid1_fu_435_p1 = add_ln19_fu_411_p2;

assign in_data_address0 = sext_ln32_fu_752_p1;

assign indices_01_out_din = indices_01_dout[4:0];

assign indices_12_out_din = indices_12_dout[9:0];

assign is_padding_fu_399_p2 = (or_ln23_fu_393_p2 | empty_70_fu_364_p2);

assign j_cast_i_i_fu_290_p1 = indices_12_read_reg_967;

assign lshr_ln_fu_734_p4 = {{select_ln20_fu_617_p3[4:2]}};

assign or_ln20_fu_612_p2 = (icmp_ln20_reg_1029 | and_ln19_fu_606_p2);

assign or_ln23_10_fu_503_p2 = (select_ln19_9_fu_455_p3 | or_ln23_9_fu_497_p2);

assign or_ln23_6_fu_335_p2 = (tmp_9_fu_321_p3 | icmp_ln24_fu_329_p2);

assign or_ln23_8_fu_463_p2 = (p_mid113_fu_449_p2 | or_ln23_6_reg_997);

assign or_ln23_9_fu_497_p2 = (tmp_11_fu_483_p3 | icmp_ln24_3_fu_491_p2);

assign or_ln23_fu_393_p2 = (tmp_10_fu_379_p3 | icmp_ln24_2_fu_387_p2);

assign or_ln25_5_fu_923_p2 = (empty_73_reg_1109_pp0_iter1_reg | 5'd2);

assign or_ln25_6_fu_940_p2 = (empty_73_reg_1109_pp0_iter1_reg | 5'd3);

assign or_ln25_fu_842_p2 = (empty_73_reg_1109_pp0_iter1_reg | 5'd1);

assign p_cast5_i_i_fu_359_p2 = (p_cast_reg_991 + ii_cast_fu_350_p1);

assign p_cast5_i_i_mid1_fu_444_p2 = (p_cast_reg_991 + ii_cast_mid1_fu_435_p1);

assign p_cast_fu_316_p2 = ((trunc_ln250_reg_962) + (5'd31));

assign p_cast_i_i_fu_302_p1 = (empty_68_fu_296_p2);

assign p_mid111_fu_439_p2 = ((p_cast_i_i_reg_979) + (ii_cast_i_i_mid1_fu_431_p1));

assign p_mid113_fu_449_p2 = ((p_mid111_fu_439_p2 > 18'd27) ? 1'b1 : 1'b0);

assign p_mid137_fu_341_p2 = ((empty_reg_972) + (10'd1023));

assign p_mid1_fu_658_p2 = ((tmp1_cast_mid1_fu_654_p1) + (empty_reg_972));

assign row_coord_int_fu_525_p3 = ((is_padding_reg_1013[0:0] == 1'b1) ? 5'd0 : p_cast5_i_i_reg_1007);

assign row_coord_int_mid131_fu_569_p3 = ((or_ln23_8_reg_1052[0:0] == 1'b1) ? 5'd0 : p_cast5_i_i_mid1_reg_1046);

assign row_coord_int_mid1_fu_641_p3 = ((or_ln23_10_reg_1065[0:0] == 1'b1) ? 5'd0 : select_ln19_8_fu_559_p3);

assign select_ln19_10_fu_564_p3 = ((icmp_ln20_reg_1029[0:0] == 1'b1) ? or_ln23_8_reg_1052 : is_padding_reg_1013);

assign select_ln19_11_fu_581_p3 = ((icmp_ln20_reg_1029[0:0] == 1'b1) ? row_coord_int_mid131_fu_569_p3 : row_coord_int_fu_525_p3);

assign select_ln19_12_fu_588_p3 = ((icmp_ln20_reg_1029[0:0] == 1'b1) ? col_coord_int_mid139_fu_575_p3 : col_coord_int_fu_546_p3);

assign select_ln19_7_fu_553_p3 = ((icmp_ln20_reg_1029[0:0] == 1'b1) ? add_ln19_reg_1024 : ii_reg_234);

assign select_ln19_8_fu_559_p3 = ((icmp_ln20_reg_1029[0:0] == 1'b1) ? p_cast5_i_i_mid1_reg_1046 : p_cast5_i_i_reg_1007);

assign select_ln19_9_fu_455_p3 = ((icmp_ln20_fu_417_p2[0:0] == 1'b1) ? p_mid113_fu_449_p2 : empty_70_fu_364_p2);

assign select_ln19_fu_423_p3 = ((icmp_ln20_fu_417_p2[0:0] == 1'b1) ? 2'd0 : ap_phi_mux_jj_phi_fu_261_p4);

assign select_ln20_10_fu_757_p3 = ((icmp_ln20_reg_1029[0:0] == 1'b1) ? 6'd1 : add_ln20_2_reg_1072);

assign select_ln20_6_fu_625_p3 = ((and_ln19_fu_606_p2[0:0] == 1'b1) ? add_ln20_reg_1059 : select_ln19_reg_1041);

assign select_ln20_7_fu_634_p3 = ((and_ln19_fu_606_p2[0:0] == 1'b1) ? or_ln23_10_reg_1065 : select_ln19_10_fu_564_p3);

assign select_ln20_8_fu_670_p3 = ((and_ln19_fu_606_p2[0:0] == 1'b1) ? row_coord_int_mid1_fu_641_p3 : select_ln19_11_fu_581_p3);

assign select_ln20_9_fu_712_p3 = ((and_ln19_fu_606_p2[0:0] == 1'b1) ? col_coord_int_mid1_fu_663_p3 : select_ln19_12_fu_588_p3);

assign select_ln20_fu_617_p3 = ((or_ln20_fu_612_p2[0:0] == 1'b1) ? 6'd0 : ap_phi_mux_kk_0_i_i_phi_fu_273_p4);

assign select_ln33_7_fu_873_p3 = ((select_ln20_7_reg_1101_pp0_iter1_reg[0:0] == 1'b1) ? 16'd0 : bitcast_ln32_7_fu_869_p1);

assign select_ln33_8_fu_895_p3 = ((select_ln20_7_reg_1101_pp0_iter1_reg[0:0] == 1'b1) ? 16'd0 : bitcast_ln32_8_fu_891_p1);

assign select_ln33_9_fu_916_p3 = ((select_ln20_7_reg_1101_pp0_iter1_reg[0:0] == 1'b1) ? 16'd0 : bitcast_ln32_9_fu_912_p1);

assign select_ln33_fu_834_p3 = ((select_ln20_7_reg_1101_pp0_iter1_reg[0:0] == 1'b1) ? 16'd0 : bitcast_ln32_fu_830_p1);

assign sext_ln20_fu_708_p1 = (sub_ln32_fu_702_p2);

assign sext_ln22_fu_312_p1 = add_ln22_fu_306_p2;

assign sext_ln32_fu_752_p1 = (tmp_12_fu_744_p3);

assign sext_ln33_3_fu_935_p1 = (tmp_14_fu_928_p3);

assign sext_ln33_4_fu_952_p1 = (tmp_15_fu_945_p3);

assign sext_ln33_fu_854_p1 = (tmp_13_fu_847_p3);

assign sub_ln32_fu_702_p2 = (zext_ln32_fu_686_p1 - zext_ln32_9_fu_698_p1);

assign sub_ln33_cast_fu_788_p1 = (sub_ln33_fu_782_p2);

assign sub_ln33_fu_782_p2 = (zext_ln33_6_fu_778_p1 - zext_ln33_fu_768_p1);

assign tmp1_cast_fu_537_p1 = (tmp1_fu_531_p2);

assign tmp1_cast_mid1_fu_654_p1 = (tmp1_mid1_fu_648_p2);

assign tmp1_fu_531_p2 = ((zext_ln22_fu_521_p1) + (3'd7));

assign tmp1_mid1_fu_648_p2 = ((zext_ln22_2_fu_631_p1) + (3'd7));

assign tmp_10_fu_379_p3 = add_ln22_2_fu_374_p2[32'd17];

assign tmp_11_fu_483_p3 = add_ln22_3_fu_478_p2[32'd17];

assign tmp_12_fu_744_p3 = {{add_ln32_fu_724_p2}, {lshr_ln_fu_734_p4}};

assign tmp_13_fu_847_p3 = {{add_ln33_reg_1131}, {or_ln25_fu_842_p2}};

assign tmp_14_fu_928_p3 = {{add_ln33_reg_1131}, {or_ln25_5_fu_923_p2}};

assign tmp_15_fu_945_p3 = {{add_ln33_reg_1131}, {or_ln25_6_fu_940_p2}};

assign tmp_17_i_i_fu_859_p4 = {{in_data_q0[31:16]}};

assign tmp_18_i_i_fu_881_p4 = {{in_data_q0[47:32]}};

assign tmp_19_i_i_fu_902_p4 = {{in_data_q0[63:48]}};

assign tmp_30_cast_fu_805_p3 = {{trunc_ln33_fu_801_p1}, {5'd0}};

assign tmp_3_fu_690_p3 = {{select_ln20_8_fu_670_p3}, {2'd0}};

assign tmp_9_fu_321_p3 = add_ln22_fu_306_p2[32'd16];

assign tmp_fu_771_p3 = {{select_ln19_7_reg_1082}, {2'd0}};

assign tmp_s_fu_678_p3 = {{select_ln20_8_fu_670_p3}, {5'd0}};

assign trunc_ln250_fu_280_p1 = indices_01_dout[4:0];

assign trunc_ln32_fu_826_p1 = in_data_q0[15:0];

assign trunc_ln33_fu_801_p1 = add_ln33_fu_795_p2[3:0];

assign xor_ln19_fu_595_p2 = (icmp_ln20_reg_1029 ^ 1'd1);

assign zext_ln19_fu_293_p1 = indices_01_read_reg_957;

assign zext_ln20_2_fu_474_p1 = add_ln20_fu_468_p2;

assign zext_ln20_fu_370_p1 = ap_phi_mux_jj_phi_fu_261_p4;

assign zext_ln22_2_fu_631_p1 = add_ln20_reg_1059;

assign zext_ln22_fu_521_p1 = jj_reg_257;

assign zext_ln32_10_fu_720_p1 = select_ln20_9_fu_712_p3;

assign zext_ln32_9_fu_698_p1 = tmp_3_fu_690_p3;

assign zext_ln32_fu_686_p1 = tmp_s_fu_678_p3;

assign zext_ln33_6_fu_778_p1 = tmp_fu_771_p3;

assign zext_ln33_7_fu_792_p1 = select_ln20_6_reg_1095;

assign zext_ln33_8_fu_813_p1 = select_ln20_reg_1089;

assign zext_ln33_9_fu_822_p1 = add_ln33_2_reg_1138;

assign zext_ln33_fu_768_p1 = select_ln19_7_reg_1082;

endmodule //td_fused_top_tdf7_readInputs53